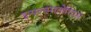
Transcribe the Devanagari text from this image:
इन्फ़्लम्मतोरिएस